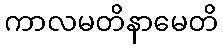
ကာလမတိနာမေတိ